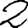
Digit: 2